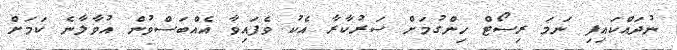
ނުދައްކައިފި ނަމަ ރިސޯޓް ހިންގުމަށް ސަރުކާރާ އެކު ވެފައިވާ އެއްބަސްވުން އުވާލާނެ ކަމަށް